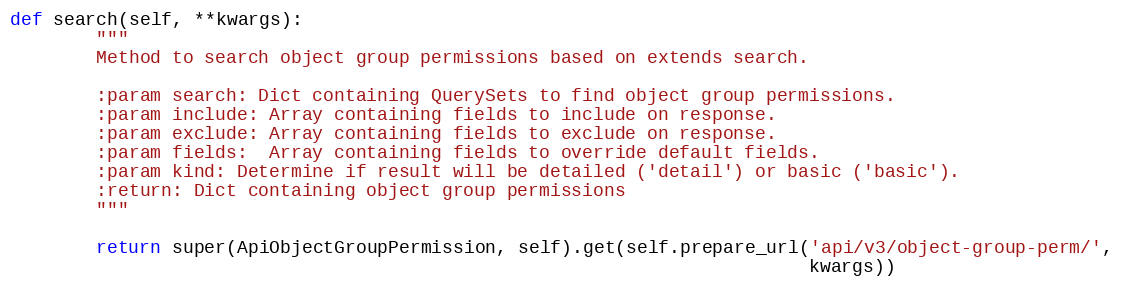
Language: Python
def search(self, **kwargs):
        """
        Method to search object group permissions based on extends search.

        :param search: Dict containing QuerySets to find object group permissions.
        :param include: Array containing fields to include on response.
        :param exclude: Array containing fields to exclude on response.
        :param fields:  Array containing fields to override default fields.
        :param kind: Determine if result will be detailed ('detail') or basic ('basic').
        :return: Dict containing object group permissions
        """

        return super(ApiObjectGroupPermission, self).get(self.prepare_url('api/v3/object-group-perm/',
                                                                          kwargs))